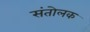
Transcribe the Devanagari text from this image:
संतोलक